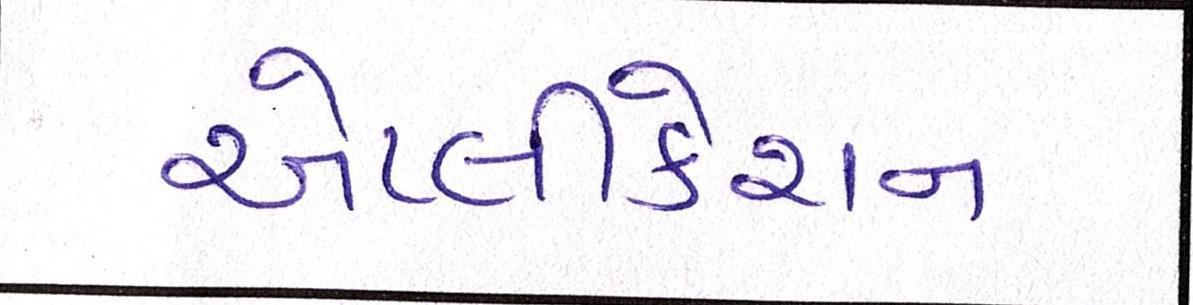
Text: એપ્લીકેશન